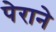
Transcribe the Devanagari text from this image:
पेराने